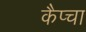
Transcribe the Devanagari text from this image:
कैप्चा